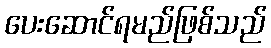
ပေးဆောင်ရမည်ဖြစ်သည်